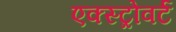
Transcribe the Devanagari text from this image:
एक्स्ट्रोवर्ट